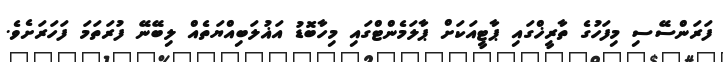
ފަރަންސޭސި މިފަހުގެ ތާރީޚްގައި ޕާޓީއަކަށް ޕާލަމެންޓްގައި މިހާބޮޑު އަޣުލަބިއްޔަތެއް ލިބޭނޭ ފުރަތަމަ ފަހަރަށެވެ.